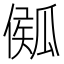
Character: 𤬈